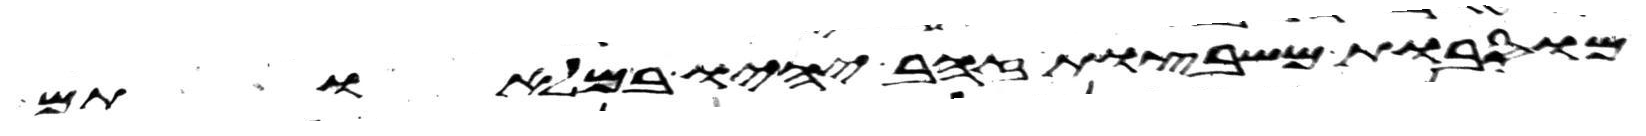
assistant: מוסבות משבצות זהב יהיו במלאותם